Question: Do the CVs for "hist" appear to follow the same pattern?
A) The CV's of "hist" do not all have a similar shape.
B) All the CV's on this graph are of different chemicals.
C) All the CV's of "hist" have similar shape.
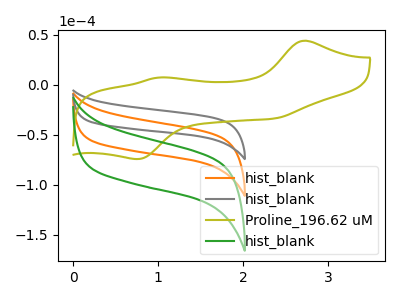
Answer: <think>The orange curve "hist_blank" has no peaks. The gray curve "hist_blank" has no peaks. The olive curve "Proline_196.62 uM" has anodic peaks at (2.70V, 43.85uA) (1.00V, 7.10uA) and cathodic peaks at (2.35V, -33.90uA) (0.75V, -74.35uA). The green curve "hist_blank" has no peaks.
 Neither "hist_blank" or "hist_blank" have any peaks. "hist_blank" and "Proline_196.62 uM" have a different number of peaks. Neither "hist_blank" or "hist_blank" have any peaks. "hist_blank" and "Proline_196.62 uM" have a different number of peaks. Neither "hist_blank" or "hist_blank" have any peaks. "Proline_196.62 uM" and "hist_blank" have a different number of peaks.</think>
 <answer>C) All the CV's of "hist" have similar shape.</answer>
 <eval>C</eval>